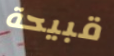
قبيحة